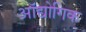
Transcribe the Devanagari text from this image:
ऑद्योगिक